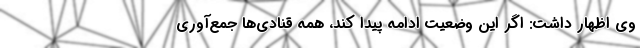
وی اظهار داشت: اگر این وضعیت ادامه پیدا کند، همه قنادی‌ها جمع‌آوری